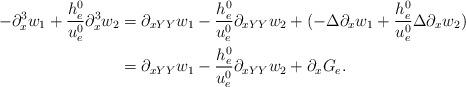
LaTeX: \begin{align*}\begin{aligned}-\partial_x^3w_1+\frac{h^0_e}{u^0_e}\partial_x^3w_2&=\partial_{xYY}w_1-\frac{h^0_e}{u^0_e}\partial_{xYY}w_2+(-\Delta \partial_xw_1+\frac{h^0_e}{u^0_e}\Delta \partial_xw_2)\\&=\partial_{xYY}w_1-\frac{h^0_e}{u^0_e}\partial_{xYY}w_2+\partial_xG_e.\end{aligned}\end{align*}